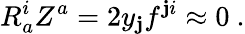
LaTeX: R_{a}^{i}Z^{a}=2y_{\mathbf{j}}f^{\mathbf{j}i}\approx0\ .